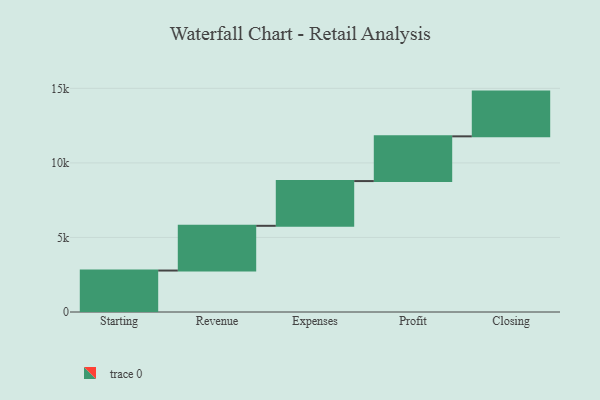
{"axis": {"x": "Step", "y": "Value"}, "legend": [""], "data": [{"x": "Starting", "y": 2780.0, "type": ""}, {"x": "Revenue", "y": 3000, "type": ""}, {"x": "Expenses", "y": 3000, "type": ""}, {"x": "Profit", "y": 3000, "type": ""}, {"x": "Closing", "y": 3000, "type": ""}]}